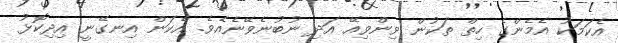
އެކަމަކު އެމެންގެ ހިތް ތަކުން ވިންވިއޭ އަދި ނުބުނެވޭނެއެވެ. އެކަން އިނގޭނީ އިދިކޮޅު